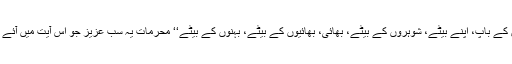
’’شوہر، باپ، شوہروں کے باپ، اپنے بیٹے، شوہروں کے بیٹے، بھائی، بھائیوں کے بیٹے، بہنوں کے بیٹے‘‘ محرمات یہ سب عزیز جو اس آیت میں آئے ہیں محرم کہلاتے ہیں۔